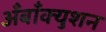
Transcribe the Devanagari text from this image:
अँबाँक्युशन